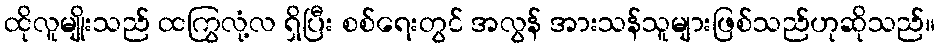
ထိုလူမျိုးသည် ထကြွလုံ့လ ရှိပြီး စစ်ရေးတွင် အလွန် အားသန်သူများဖြစ်သည်ဟုဆိုသည်။